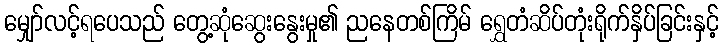
မျှော်လင့်ရပေသည် တွေ့ဆုံဆွေးနွေးမှု၏ ညနေတစ်ကြိမ် ရွှေတံဆိပ်တုံးရိုက်နှိပ်ခြင်းနှင့်